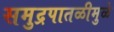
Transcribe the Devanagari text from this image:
समुद्रपातळीमुळे